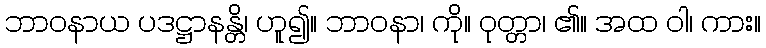
ဘာဝနာယ ပဒဋ္ဌာနန္တိ၊ ဟူ၍။ ဘာဝနာ၊ ကို။ ဝုတ္တာ၊ ၏။ အထ ဝါ၊ ကား။